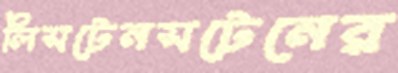
লিসটেনসটেনের